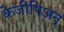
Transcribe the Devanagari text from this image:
केजीपिअन्